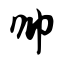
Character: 帅